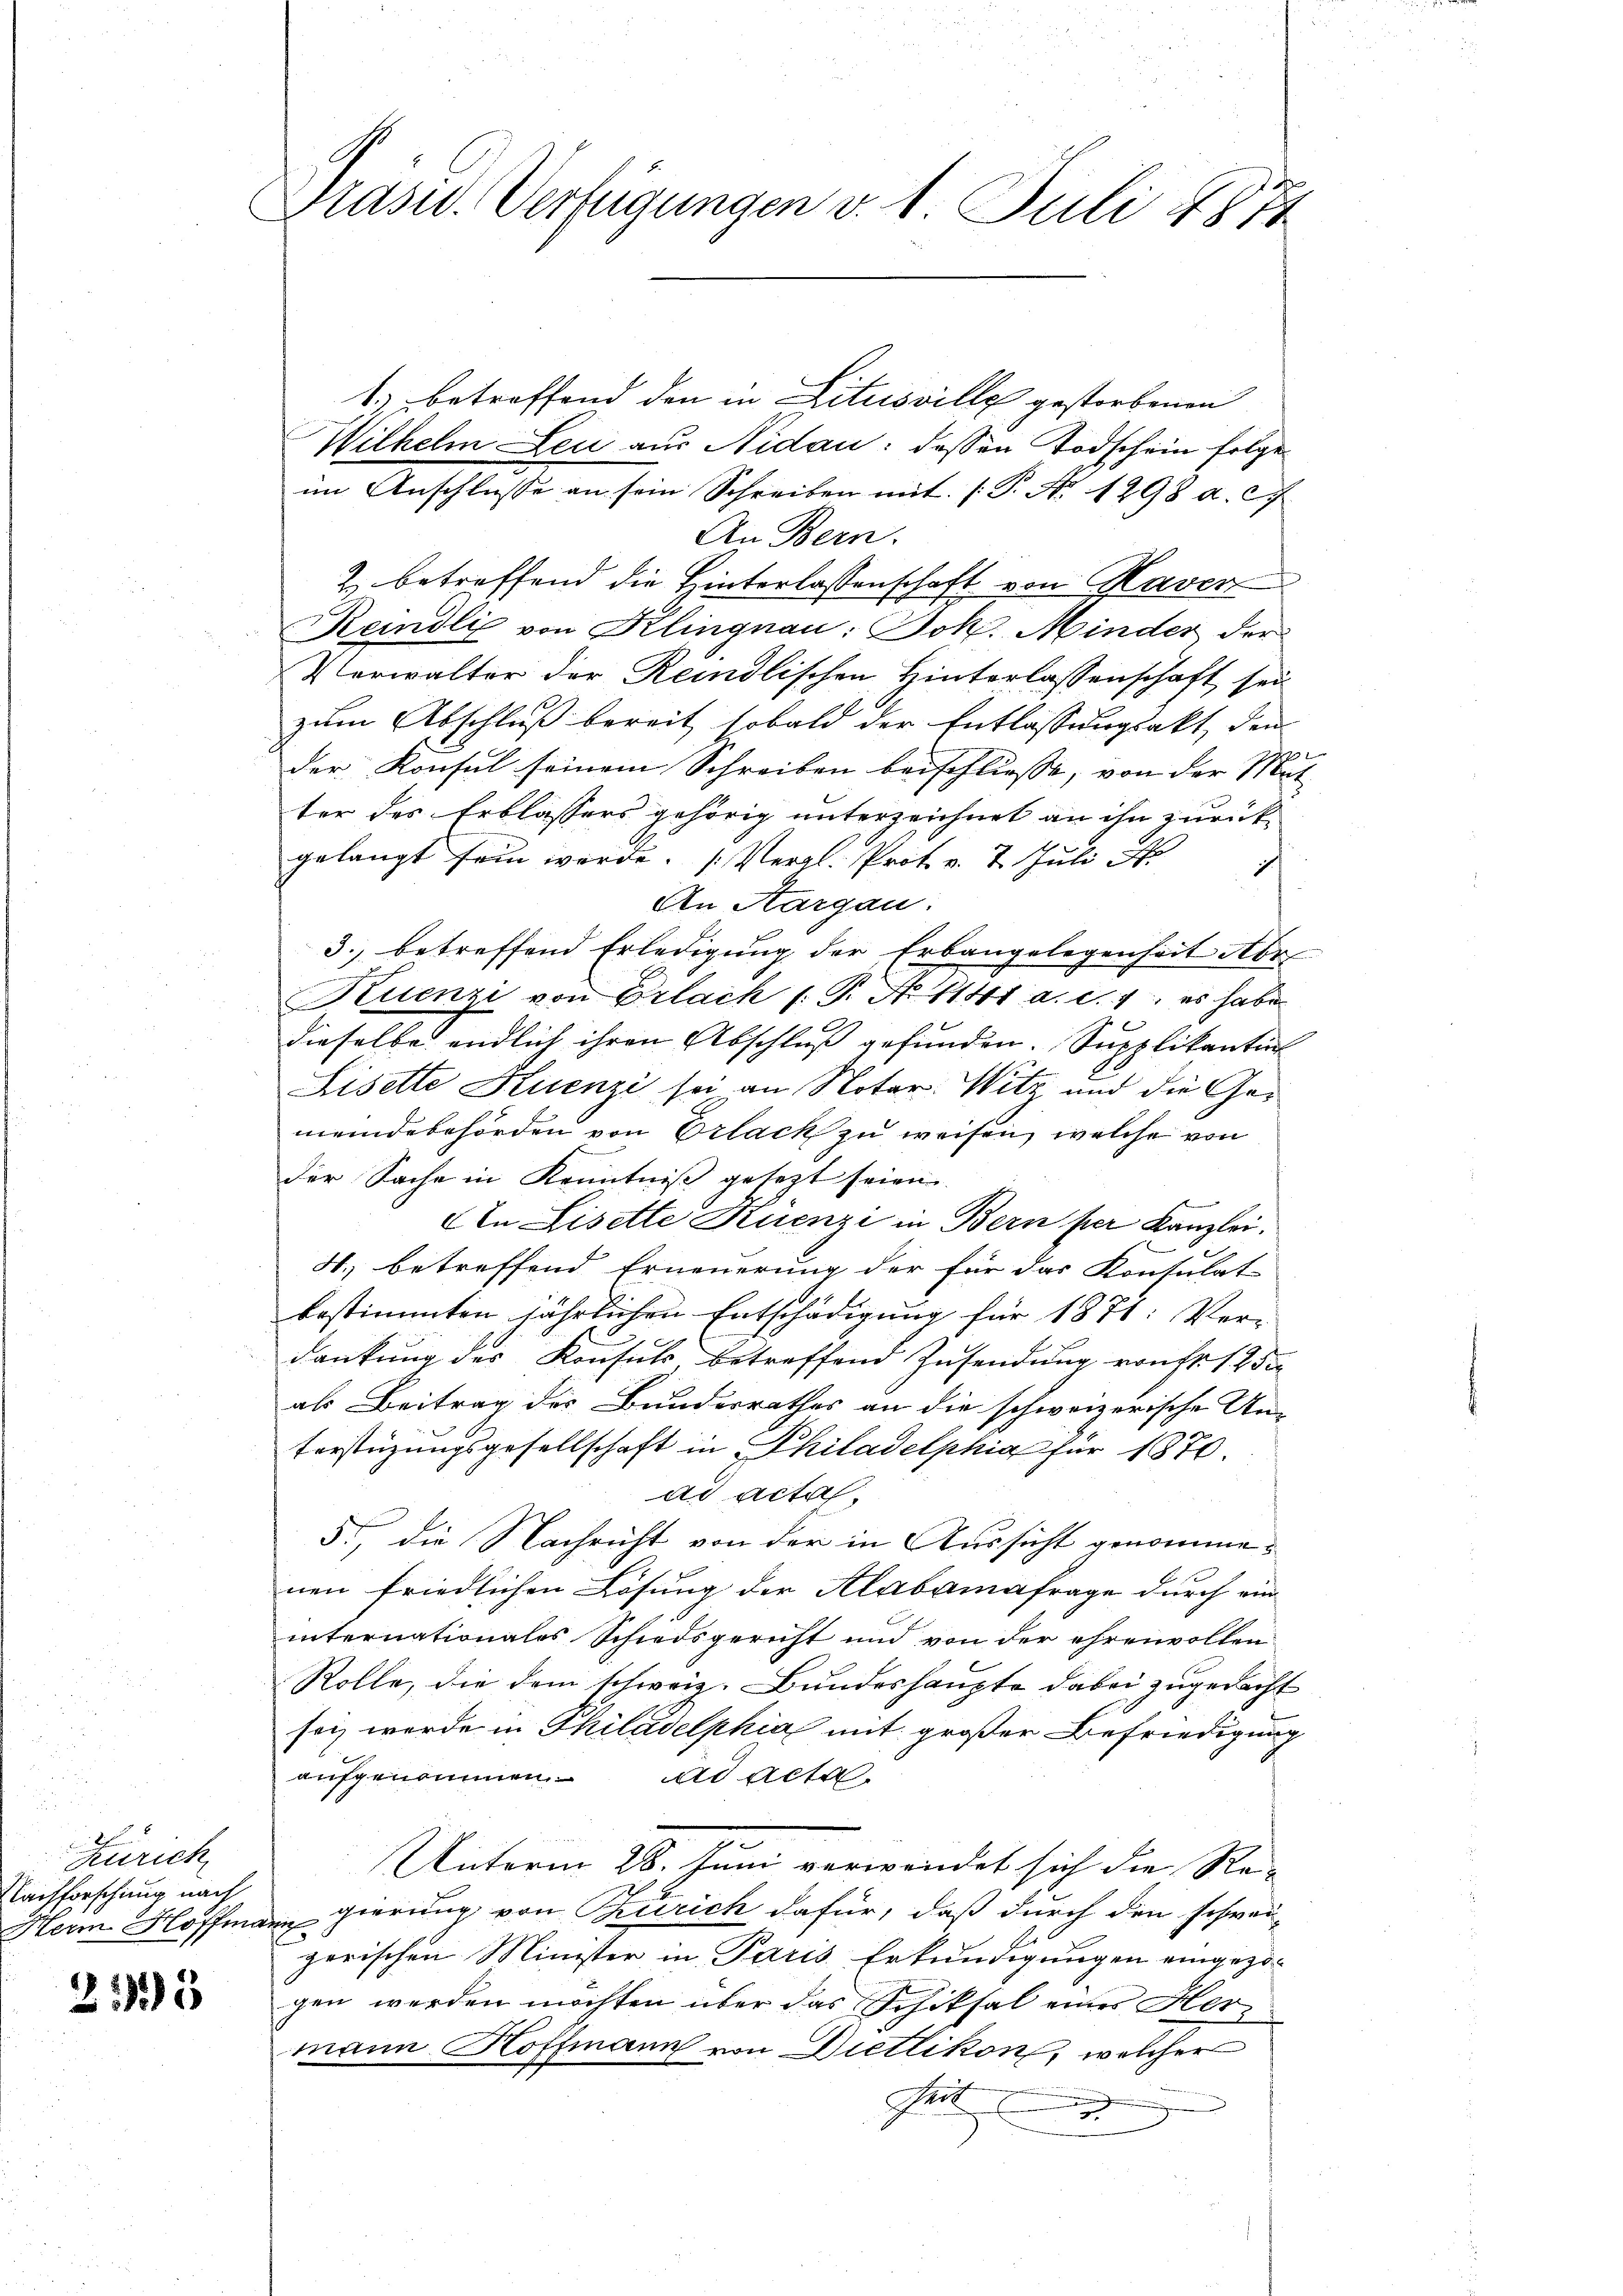
.
2
Zürich
Nachforschung nach

2135

Prasw. Verfügungen v. 1. Juli 1871

1.) betreffend den in Litusville gestorbenen
Wilhelm Leu aus Nidau: dessen Todschein folge
im Anschlüsse an sein Schreiben mit /: P. Nr. 1298 a. c.
An Bern.
2. betreffend die Hinterlassenschaft von Haver
Reidli von Klingnau: Joh. Minder der
Verwalter der Reidlischen Hinterlassenschaft sei
zum Abschluß bereit sobald der Entlassungsakt, den
2
der Konsul seinem Schreiben beischliesse, von der Mat
ter des Erblassers gehörig unterzeichnet an ihn zurück
gelangt sein werde. (Vergl. Prot. v. 7. Juli 1
i
An Aargau.
3., betreffend Erledigung der Erbangelegenheit Nor
1. E
Fiuenzi von Erlach 1. P. Nr. 11441 a.d. 7, es habe
dieselbe endlich ihren Abschluß gefunden. Supplikantin
Lisette Kuenzi sei an Notar. Witz und die Gemeindebehörden von Erlack zu weisen, welche von
der Sache in Kenntniß gesezt seien
An Lisette Kuenzi in Bern per Kanzlei.
4. betreffend Erneuerung der für das Konsulat
bestimmten jährlichen Entschädigung für 1871: Ver-
dankung des Konsuls betreffend Zusendung von Fr. 125
als Beitrag des Bundesrathes an die schweizerische Un-
terstüzungsgesellschaft in Philadelphia für 1870.
ad acta
5., die Nachricht von der in Aussicht genommenen friedlichen Lösung der Alabamafrage durch ein
internationales Schiedsgericht und von der ehrenvollen
Rolle, die dem schweiz. Bundeshaupte dabei zugedacht
sei werde in Philadelphia mit großer Befriedigung
aufgenommen. ad acta
Unterm 28. Juni verwendet sich die Re- |
Herm Hoffmann gierung von Thierich dafür, daß durch den schwei-
zerischen Minister in Paris Erkundigungen eingezogen werden möchten über das Schiksal einer Hermann Hoffmann von Dietlikon, welcher
Sch
.
.